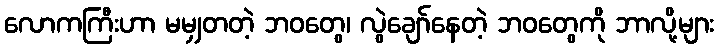
လောကကြီးဟာ မမျှတတဲ့ ဘဝတွေ၊ လွဲချော်နေတဲ့ ဘဝတွေကို ဘာလို့များ